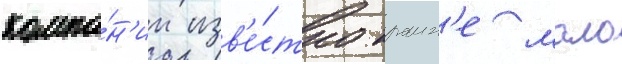
компа́н'ии изв'е́стно краин'е мало